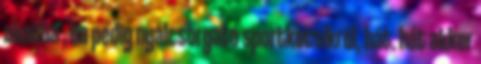
aknába , ha pedig nyálcsorgató sportkocsikról, hát. hát akkor